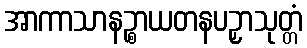
အာကာသာနဉ္စာယတနပဉှာသုတ္တံ